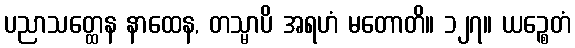
ပညာသတ္ထေန နာထေန, တသ္မာပိ အရဟံ မတောတိ။ ၁၂၇။ ယဉ္စေတံ